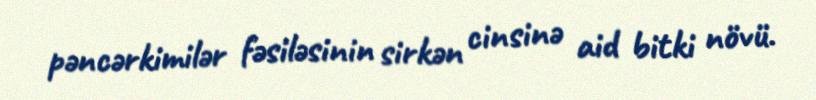
pəncərkimilər fəsiləsinin sirkən cinsinə aid bitki növü.